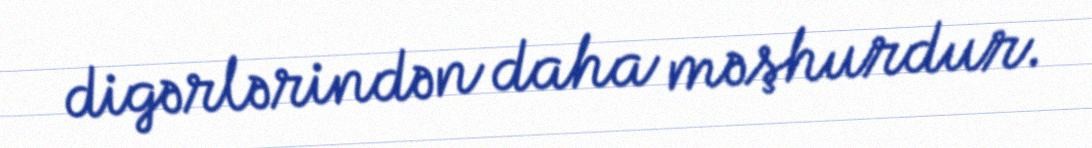
digərlərindən daha məşhurdur.